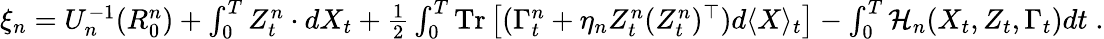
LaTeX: \begin{array}{r}{\xi_{n}=U_{n}^{-1}(R_{0}^{n})+\int_{0}^{T}Z_{t}^{n}\cdot dX_{t}+\frac 12\int_{0}^{T}\mathrm{Tr}\left[(\Gamma_{t}^{n}+\eta_{n}Z_{t}^{n}(Z_{t}^{n})^{\top})d\langle X\rangle_{t}\right]-\int_{0}^{T}\mathcal{H}_{n}(X_{t},Z_{t},\Gamma_{t})dt\; .}\end{array}